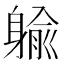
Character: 䠼